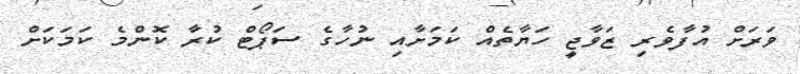
ވަރަށް އުފާވެރި ޒަވާޖީ ހަޔާތެއް ކަމަށާއި ނުހާގެ ސަޕޯޓް ކުރާ ކޮންމެ ކަމަކަށް